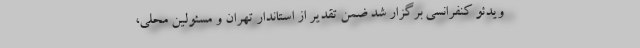
ویدئو کنفرانسی برگزار شد ضمن تقدیر از استاندار تهران و مسئولین محلی،